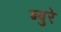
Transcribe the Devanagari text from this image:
ब्युरे